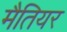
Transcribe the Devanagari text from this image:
मैतियर